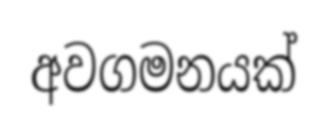
අවගමනයක්